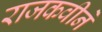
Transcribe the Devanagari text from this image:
राजकवीने